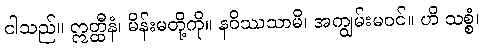
ငါသည်။ ဣတ္ထီနံ၊ မိန်းမတို့ကို။ နဝိဿသာမိ၊ အကျွမ်းမဝင်။ ဟိ သစ္စံ၊